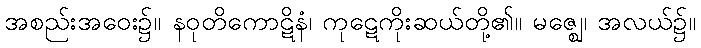
အစည်းအဝေး၌။ နဝုတိကောဋိနံ၊ ကုဋေကိုးဆယ်တို့၏။ မဇ္ဈေ၊ အလယ်၌။